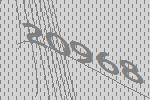
20968